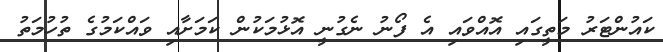
ކައުންޓަރު މަތީގައި އޮއްވައި އެ ފޯނު ނެގުނީ އޮޅުމަކުން ކަމަށާއި ވައްކަމުގެ ތުހުމަތު